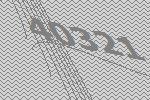
40321